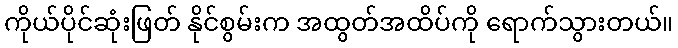
ကိုယ်ပိုင်ဆုံးဖြတ် နိုင်စွမ်းက အထွတ်အထိပ်ကို ရောက်သွားတယ်။